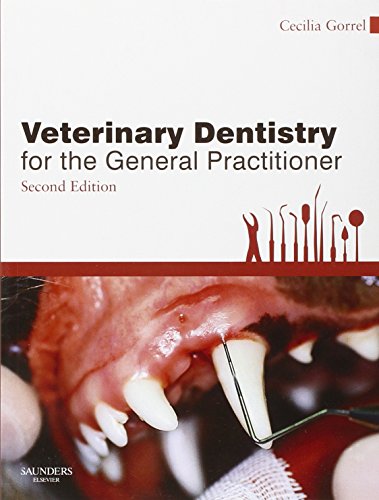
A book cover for Veterinary Dentistry for the General Practitioner, 2e; Cecilia Gorrel BSc  MA  VetMB  DDS  MRCVS  HonFAVD  DEVDC; Medical Books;